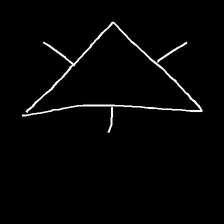
Glyph: fire